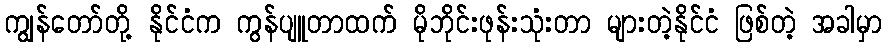
ကျွန်တော်တို့ နိုင်ငံက ကွန်ပျူတာထက် မိုဘိုင်းဖုန်းသုံးတာ များတဲ့နိုင်ငံ ဖြစ်တဲ့ အခါမှာ